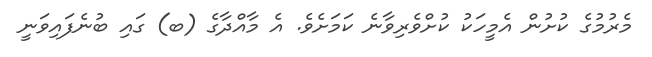
މެރުމުގެ ކުށުން އެމީހަކު ކުށްވެރިވާނެ ކަމަށެވެ. އެ މާއްދާގެ (ބ) ގައި ބުނެފައިވަނީ